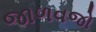
જાળવજો